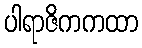
ပါရာဇိကကထာ